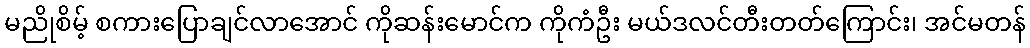
မညိုစိမ့် စကားပြောချင်လာအောင် ကိုဆန်းမောင်က ကိုကံဦး မယ်ဒလင်တီးတတ်ကြောင်း၊ အင်မတန်